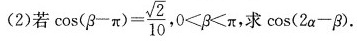
(2)若$$\cos ( β - π ) = \frac { \sqrt { 2 } } { 1 0 }$$,$$ 0 < β < π$$，求\cos ( 2 α - β )$$.